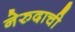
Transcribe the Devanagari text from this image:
नेरुदाची